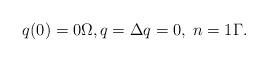
LaTeX: \begin{align*}q(0) = 0 \Omega, q = \Delta q = 0,\; n = 1 \Gamma.\end{align*}